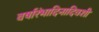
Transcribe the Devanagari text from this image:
वर्षारंभादिनादिवशी